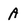
Character: A